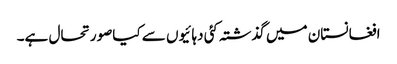
افغانستان میں گذشتہ کئی دہائیوں سے کیاصورتحال ہے۔